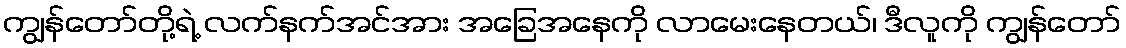
ကျွန်တော်တို့ရဲ့ လက်နက်အင်အား အခြေအနေကို လာမေးနေတယ်၊ ဒီလူကို ကျွန်တော်